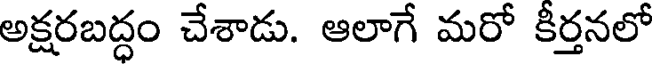
అక్షరబద్ధం చేశాడు. ఆలాగే మరో కీర్తనలో